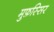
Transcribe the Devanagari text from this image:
मुफ़स्सिर